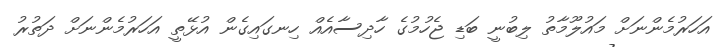
އަހަރުމެންނަށް މައުލޫމާތު ލިބުނީ ބަޑި ޖެހުމުގެ ހާދިސާއެއް ހިނގައިގެން އުޅޭތީ އަހަރުމެންނަށް ދަތުރު